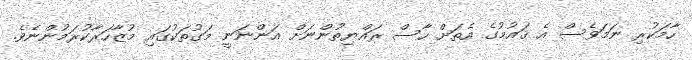
ހާމަކުރި ނަމަވެސް އެ ޤައުމުގެ އެތަށް ހާސް ރައްޔިތުންނަށް އަންނަނީ މަގުތަކުގައި މުޒާހަރާކުރަމުންނެވެ.